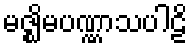
မဇ္ဈိမပဏ္ဏာသပါဠိ